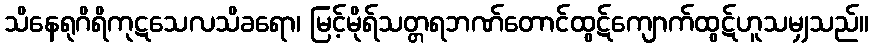
သိနေရုဂိရိကုဋသေလသိခရော၊ မြင့်မိုရ်သတ္တရဘဏ်တောင်ထွဋ်ကျောက်ထွဋ်ဟူသမျှသည်။